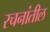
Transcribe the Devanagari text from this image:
रचनांतील